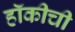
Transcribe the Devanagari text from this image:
हॉकीची